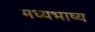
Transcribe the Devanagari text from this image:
मध्यभाष्य